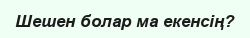
Шешен болар ма екенсің?